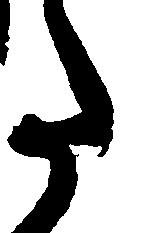
た